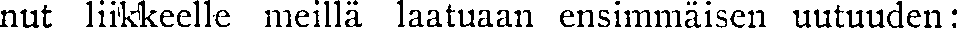
nut liikkeelle meillä laatuaan ensimmäisen uutuuden: